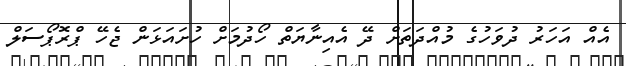
އެއް އަހަރު ދުވަހުގެ މުއްދަތަށް ދޭ އެއިނާޔަތް ހޯދުމަށް ހުށައަޅަން ޖެހޭ ޕްރޮޕޯސަލް